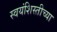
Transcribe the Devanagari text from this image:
स्वयंशिस्तीच्या